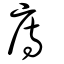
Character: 庤